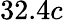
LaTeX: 32.4c